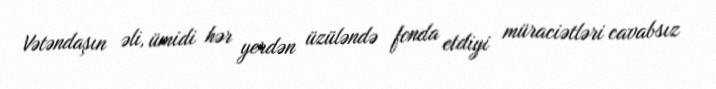
Vətəndaşın əli, ümidi hər yerdən üzüləndə fonda etdiyi müraciətləri cavabsız